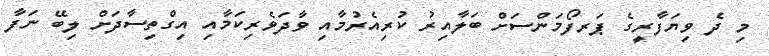
މި ދެ ވިޔަފާރީގެ ޕަރފޯމަންސަށް ބަލާއިރު ކުރިއެރުމާއި ވާދަވެރިކަމާއި އިގްތިސާދަށް ލިބޭ ނަފާ